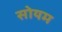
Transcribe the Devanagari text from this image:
सोयम